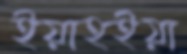
ইয়াহইয়া